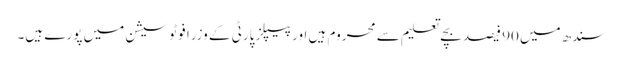
سندھ میں 90 فیصد بچے تعلیم سے محروم ہیں اور پیپلز پارٹی کے وزرا فوٹو سیشن میں پورے ہیں۔